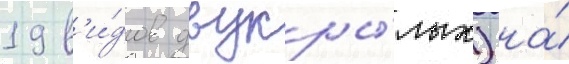
19 в'и́дов двукры́лых) на́